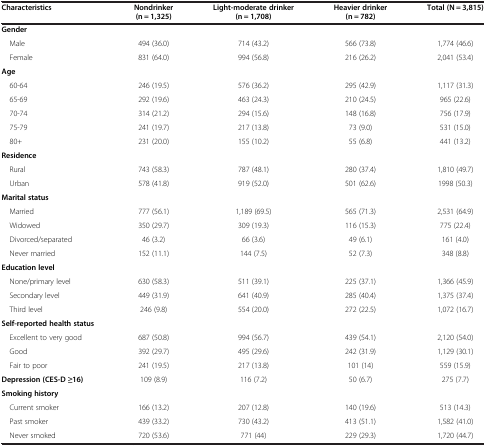
<table><thead><tr><td><b>Characteristics</b></td><td><b>Nondrinker (n = 1,325)</b></td><td><b>Light-moderate drinker (n = 1,708)</b></td><td><b>Heavier drinker (n = 782)</b></td><td><b>Total (N = 3,815)</b></td></tr></thead><tbody><tr><td><b>Gender</b></td><td> </td><td> </td><td> </td><td> </td></tr><tr><td> Male</td><td>494 (36.0)</td><td>714 (43.2)</td><td>566 (73.8)</td><td>1,774 (46.6)</td></tr><tr><td> Female</td><td>831 (64.0)</td><td>994 (56.8)</td><td>216 (26.2)</td><td>2,041 (53.4)</td></tr><tr><td><b>Age</b></td><td> </td><td> </td><td> </td><td> </td></tr><tr><td> 60-64</td><td>246 (19.5)</td><td>576 (36.2)</td><td>295 (42.9)</td><td>1,117 (31.3)</td></tr><tr><td> 65-69</td><td>292 (19.6)</td><td>463 (24.3)</td><td>210 (24.5)</td><td>965 (22.6)</td></tr><tr><td> 70-74</td><td>314 (21.2)</td><td>294 (15.6)</td><td>148 (16.8)</td><td>756 (17.9)</td></tr><tr><td> 75-79</td><td>241 (19.7)</td><td>217 (13.8)</td><td>73 (9.0)</td><td>531 (15.0)</td></tr><tr><td> 80+</td><td>231 (20.0)</td><td>155 (10.2)</td><td>55 (6.8)</td><td>441 (13.2)</td></tr><tr><td><b>Residence</b></td><td> </td><td> </td><td> </td><td> </td></tr><tr><td> Rural</td><td>743 (58.3)</td><td>787 (48.1)</td><td>280 (37.4)</td><td>1,810 (49.7)</td></tr><tr><td> Urban</td><td>578 (41.8)</td><td>919 (52.0)</td><td>501 (62.6)</td><td>1998 (50.3)</td></tr><tr><td><b>Marital status</b></td><td> </td><td> </td><td> </td><td> </td></tr><tr><td> Married</td><td>777 (56.1)</td><td>1,189 (69.5)</td><td>565 (71.3)</td><td>2,531 (64.9)</td></tr><tr><td> Widowed</td><td>350 (29.7)</td><td>309 (19.3)</td><td>116 (15.3)</td><td>775 (22.4)</td></tr><tr><td> Divorced/separated</td><td>46 (3.2)</td><td>66 (3.6)</td><td>49 (6.1)</td><td>161 (4.0)</td></tr><tr><td> Never married</td><td>152 (11.1)</td><td>144 (7.5)</td><td>52 (7.3)</td><td>348 (8.8)</td></tr><tr><td><b>Education level</b></td><td> </td><td> </td><td> </td><td> </td></tr><tr><td> None/primary level</td><td>630 (58.3)</td><td>511 (39.1)</td><td>225 (37.1)</td><td>1,366 (45.9)</td></tr><tr><td> Secondary level</td><td>449 (31.9)</td><td>641 (40.9)</td><td>285 (40.4)</td><td>1,375 (37.4)</td></tr><tr><td> Third level</td><td>246 (9.8)</td><td>554 (20.0)</td><td>272 (22.5)</td><td>1,072 (16.7)</td></tr><tr><td><b>Self-reported health status</b></td><td> </td><td> </td><td> </td><td> </td></tr><tr><td> Excellent to very good</td><td>687 (50.8)</td><td>994 (56.7)</td><td>439 (54.1)</td><td>2,120 (54.0)</td></tr><tr><td> Good</td><td>392 (29.7)</td><td>495 (29.6)</td><td>242 (31.9)</td><td>1,129 (30.1)</td></tr><tr><td> Fair to poor</td><td>241 (19.5)</td><td>217 (13.8)</td><td>101 (14)</td><td>559 (15.9)</td></tr><tr><td><b>Depression (CES-D ≥16)</b></td><td>109 (8.9)</td><td>116 (7.2)</td><td>50 (6.7)</td><td>275 (7.7)</td></tr><tr><td><b>Smoking history</b></td><td> </td><td> </td><td> </td><td> </td></tr><tr><td> Current smoker</td><td>166 (13.2)</td><td>207 (12.8)</td><td>140 (19.6)</td><td>513 (14.3)</td></tr><tr><td> Past smoker</td><td>439 (33.2)</td><td>730 (43.2)</td><td>413 (51.1)</td><td>1,582 (41.0)</td></tr><tr><td> Never smoked</td><td>720 (53.6)</td><td>771 (44)</td><td>229 (29.3)</td><td>1,720 (44.7)</td></tr></tbody></table>